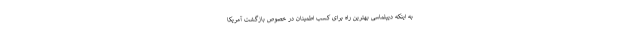
به اینکه دیپلماسی بهترین راه برای کسب اطمینان در خصوص بازگشت آمریکا